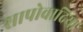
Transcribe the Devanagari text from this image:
सापोवादिया